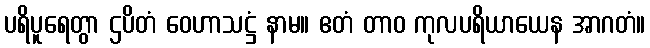
ပရိပူရေတွာ ဌပိတံ ဝေဟာသဋ္ဌံ နာမ။ ဧတံ တာဝ ကုလပရိယာယေန အာဂတံ။